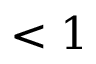
< 1